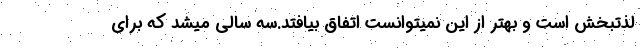
لذتبخش است و بهتر از این نمیتوانست اتفاق بیافتد.سه سالی میشد که برای